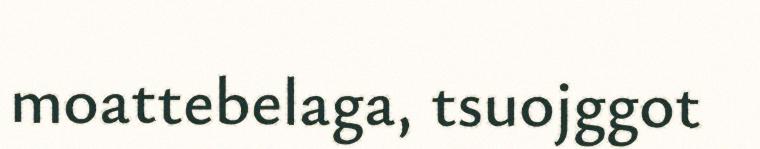
moattebelaga, tsuojggot